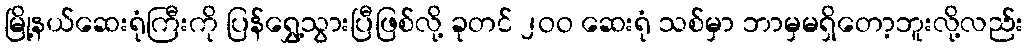
မြို့နယ်ဆေးရုံကြီးကို ပြန်ရွှေ့သွားပြီဖြစ်လို့ ခုတင် ၂ဝဝ ဆေးရုံ သစ်မှာ ဘာမှမရှိတော့ဘူးလို့လည်း